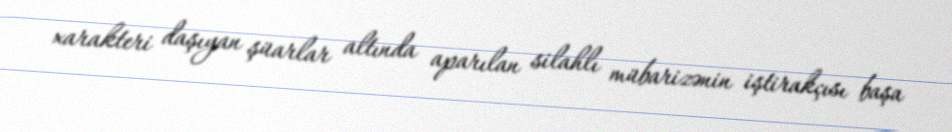
xarakteri daşıyan şüarlar altında aparılan silahlı mübarizənin iştirakçısı başa